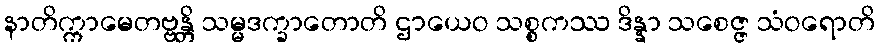
နာတိက္ကာမေတဗ္ဗန္တိ သမ္မဒက္ခာတောတိ ဌာယေဝ သစ္စကဿ ဒိန္နာ သစေဇ္ဇ သံဝရောတိ